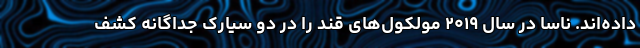
داده‌اند. ناسا در سال ۲۰۱۹ مولکول‌های قند را در دو سیارک جداگانه کشف